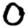
Digit: 0